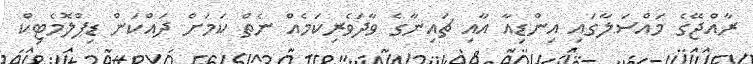
ރާއްޖޭގެ މައްސަލާގައި އިންޑިއާ އާއި ޗައިނާގެ ވާދަވެރިކަމެއް ނެތް ކަމަށް ދައްކަން ޑިޕްލޮމެޓިކް